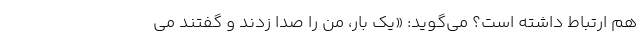
هم ارتباط داشته است؟ می‌گوید: «یک بار، من را صدا زدند و گفتند می‌